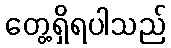
တွေ့ရှိရပါသည်